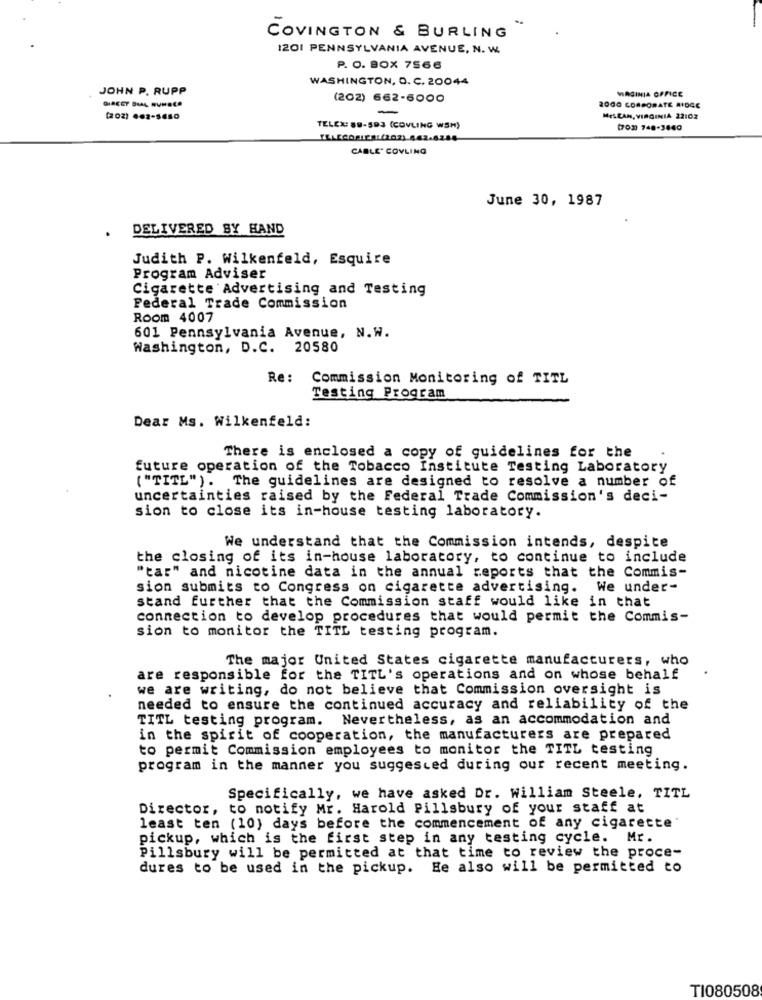
COVINGTON & BURLING
IZO1 PENNSYLVANIA AVENUE, N. W.
P. O. BOX 7566
WASHINGTON, D. C. 20044
JOHN P. RUPP
VIRGINIA OFFICE
(202) 662-6000
-
2000 CORPORATE MIDGE
(202) 662-5650
MES.CAN, VIRGINIA 22:02
TELEX: 88-593 (COVLING WSH)
(702) 748-3840
CABLE' COVLING
June 30, 1987
DELIVERED BY HAND
Judith P. Wilkenfeld, Esquire
Program Adviser
Cigarette Advertising and Testing
Federal Trade Commission
Room 4007
601 Pennsylvania Avenue, N.W.
Washington, D.C. 20580
Re :
Commission Monitoring of TITL
Testing Program
Dear Ms. Wilkenfeld:
There is enclosed a copy of guidelines for the
future operation of the Tobacco Institute Testing Laboratory
( "TITL"). The guidelines are designed to resolve a number of
uncertainties raised by the Federal Trade Commission's deci-
sion to close its in-house testing laboratory.
We understand that the Commission intends, despite
the closing of its in-house laboratory, to continue to include
"tar" and nicotine data in the annual reports that the Commis-
sion submits to Congress on cigarette advertising. We under-
stand further that the Commission staff would like in that
connection to develop procedures that would permit the Commis-
sion to monitor the TITL testing program.
The major United States cigarette manufacturers, who
are responsible for the TITL's operations and on whose behalf
we are writing, do not believe that Commission oversight is
needed to ensure the continued accuracy and reliability of the
TITL testing program. Nevertheless, as an accommodation and
in the spirit of cooperation, the manufacturers are prepared
to permit Commission employees to monitor the TITL testing
program in the manner you suggested during our recent meeting.
Specifically, we have asked Dr. William Steele, TITL
Director, to notify Mr. Harold Pillsbury of your staff at
least ten (10) days before the commencement of any cigarette
pickup, which is the first step in any testing cycle. Mr.
Pillsbury will be permitted at that time to review the proce-
dures to be used in the pickup. He also will be permitted to
TI080508